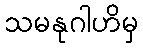
သမနုဂါဟိမှ